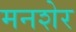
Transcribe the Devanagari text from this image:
मनशेर